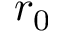
r _ { 0 }